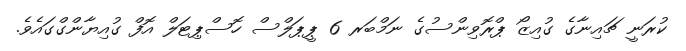
ކުރަނީ ޗައިނާގެ ގުއިޒޯ ޕްރޮވިންސުގެ ނަމްބަރ 6 ޕީޕަލްސް ހޮސްޕިޓަލް އޮފް ގުއިޔާންގްގައެވެ.